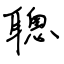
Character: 聰